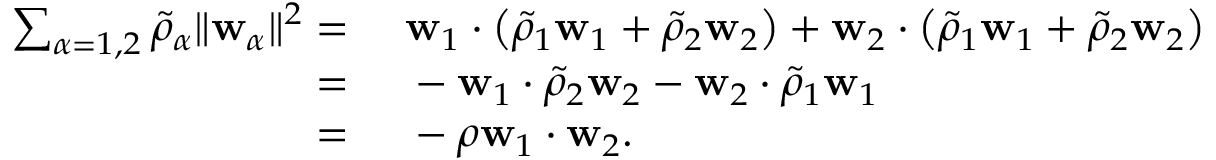
\begin{array} { r l } { \sum _ { \alpha = 1 , 2 } \tilde { \rho } _ { \alpha } \| \mathbf { w } _ { \alpha } \| ^ { 2 } = } & { { } ~ \mathbf { w } _ { 1 } \cdot \left( \tilde { \rho } _ { 1 } \mathbf { w } _ { 1 } + \tilde { \rho } _ { 2 } \mathbf { w } _ { 2 } \right) + \mathbf { w } _ { 2 } \cdot \left( \tilde { \rho } _ { 1 } \mathbf { w } _ { 1 } + \tilde { \rho } _ { 2 } \mathbf { w } _ { 2 } \right) } \\ { = } & { { } ~ - \mathbf { w } _ { 1 } \cdot \tilde { \rho } _ { 2 } \mathbf { w } _ { 2 } - \mathbf { w } _ { 2 } \cdot \tilde { \rho } _ { 1 } \mathbf { w } _ { 1 } } \\ { = } & { { } ~ - \rho \mathbf { w } _ { 1 } \cdot \mathbf { w } _ { 2 } . } \end{array}